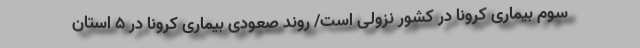
سوم بیماری کرونا در کشور نزولی است/ روند صعودی بیماری کرونا در ۵ استان